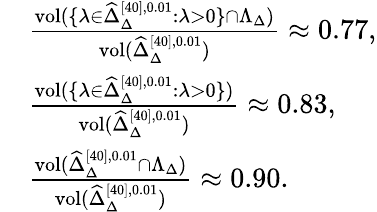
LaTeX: \begin{array}{rl}&{\frac{\mathrm{vol}(\{ \lambda\in\widehat\Delta_{\Delta}^{[40],0.01}:\lambda>0\} \cap\Lambda_{\Delta})}{\mathrm{vol}(\widehat\Delta_{\Delta}^{[40],0.01})}\approx 0.77,}\\ &{\frac{\mathrm{vol}(\{ \lambda\in\widehat\Delta_{\Delta}^{[40],0.01}:\lambda>0\} )}{\mathrm{vol}(\widehat\Delta_{\Delta}^{[40],0.01})}\approx 0.83,}\\ &{\frac{\mathrm{vol}(\widehat\Delta_{\Delta}^{[40],0.01}\cap\Lambda_{\Delta})}{\mathrm{vol}(\widehat\Delta_{\Delta}^{[40],0.01})}\approx 0.90.}\end{array}